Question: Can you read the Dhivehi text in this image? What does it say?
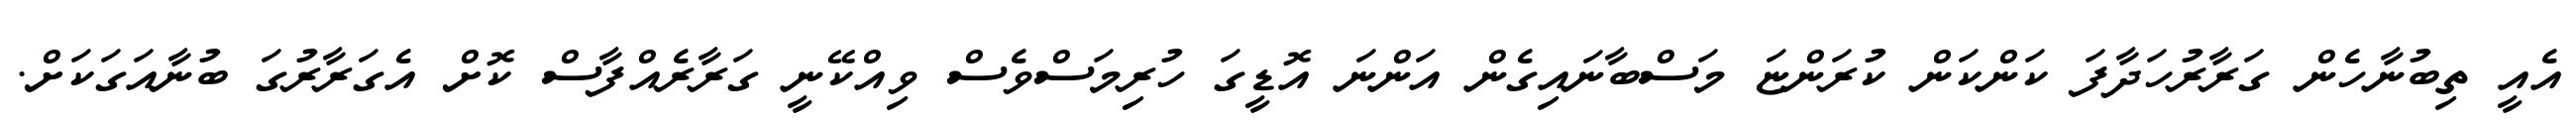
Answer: އެއީ ތިބުނާހެން ގަރާރުހަދާފަ ކަންކަން ކުރަންޏަ މަސްބާނައިގެން އަންނަ އޮޑީގަ ހުރިމަސްވެސް ވިއްކޭނީ ގަރާރެއްފާސް ކޮށް އެގަރާރުގަ ބުނާއަގަކަށް.